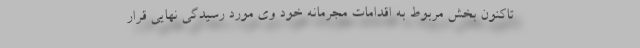
تاکنون بخش مربوط به اقدامات مجرمانه خود وی مورد رسیدگی نهایی قرار